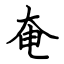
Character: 奄